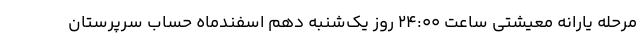
مرحله یارانه معیشتی ساعت ۲۴:۰۰ روز یک‌شنبه دهم اسفندماه حساب سرپرستان